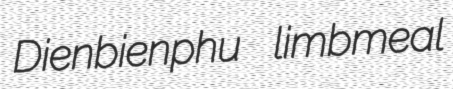
Dienbienphu limbmeal